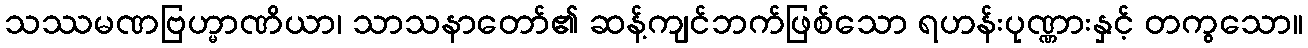
သဿမဏဗြဟ္မာဏိယာ၊ သာသနာတော်၏ ဆန့်ကျင်ဘက်ဖြစ်သော ရဟန်းပုဏ္ဏားနှင့် တကွသော။